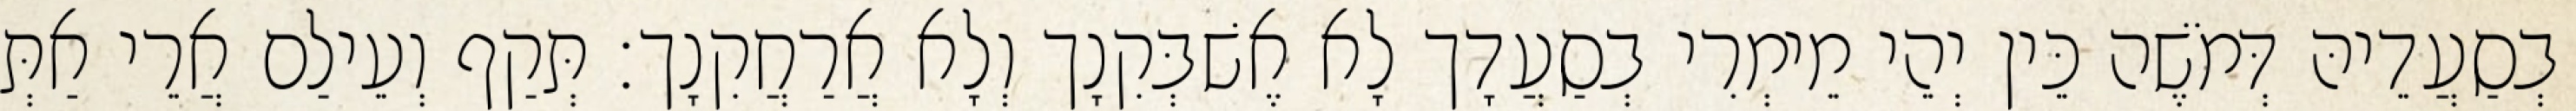
בְסַעֲדֵיהּ דְּמֹשֶׁה כֵּין יְהֵי מֵימְרִי בְסַעֲדָך לָא אֶשׁבְּקִנָך וְלָא אֲרַחֲקִנָך׃ תְּקַף וְעֵילַם אֲרֵי אַתְּ